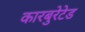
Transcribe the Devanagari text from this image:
कारबुरेटेड